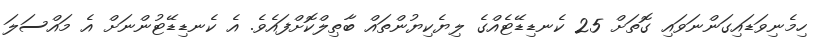
ހިމެނިވަޑައިގަންނަވައި ގޮތަށް 25 ކެނޑިޑޭޓެއްގެ ލިޔެކިޔުންތައް ބާޠިލްކޮށްފައެވެ. އެ ކެނޑިޑޭޓުންނަށް އެ މައްސަލަ